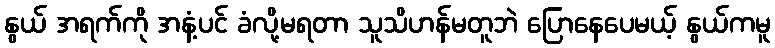
နွယ် အရက်ကို အနံ့ပင် ခံလို့မရတာ သူသိဟန်မတူဘဲ ပြောနေပေမယ့် နွယ်ကမူ